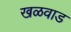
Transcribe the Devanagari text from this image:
खळवाड